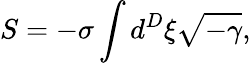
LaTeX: S=-\sigma\int d^{D}\xi\sqrt{-\gamma},